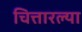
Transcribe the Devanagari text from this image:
चित्तारल्या